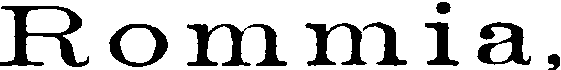
Rommia,